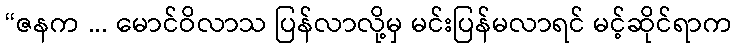
“ဇနက ... မောင်ဝိလာသ ပြန်လာလို့မှ မင်းပြန်မလာရင် မင့်ဆိုင်ရာက